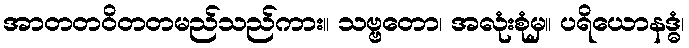
အာတတဝိတတမည်သည်ကား။ သဗ္ဗတော၊ အလုံးစုံမှ။ ပရိယောနဒ္ဓံ၊